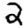
Digit: 2